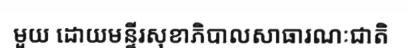
មួយ ដោយមន្ទីរសុខាភិបាលសាធារណៈជាតិ